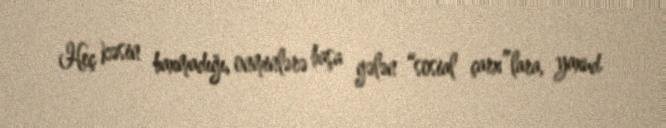
Heç kəsin baxmadığı, onminlərə başa gələn “sosial çarx”lara, yaxud